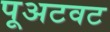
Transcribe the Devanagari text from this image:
पूअटवट